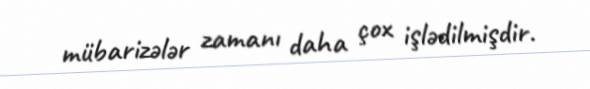
mübarizələr zamanı daha çox işlədilmişdir.